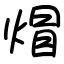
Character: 𤊻